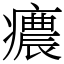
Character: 癑